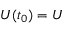
U ( t _ { 0 } ) = U